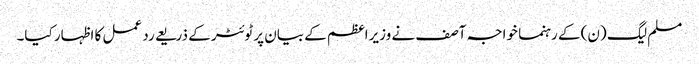
مسلم لیگ (ن) کے رہنما خواجہ آصف نے وزیراعظم کے بیان پر ٹوئٹر کے ذریعے رد عمل کا اظہار کیا۔